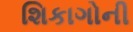
શિકાગોની